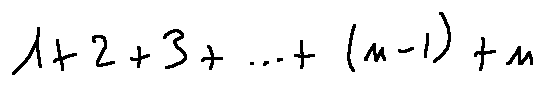
1 + 2 + 3 + \ldots + ( n - 1 ) + n